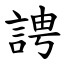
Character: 䛣